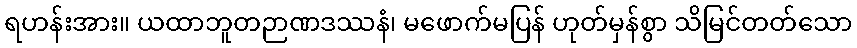
ရဟန်းအား။ ယထာဘူတဉာဏဒဿနံ၊ မဖောက်မပြန် ဟုတ်မှန်စွာ သိမြင်တတ်သော